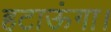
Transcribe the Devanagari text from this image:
हटाऊंगा।